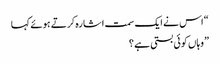
“ اس نے ایک سمت اشارہ کرتے ہوئے کہا
” وہاں کوئی بستی ہے ؟